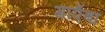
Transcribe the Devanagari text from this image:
गाएँबा